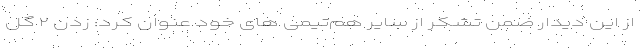
از این دیدار ضمن تشکر از سایر هم‌تیمی های خود عنوان کرد: زدن ۲ گل